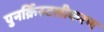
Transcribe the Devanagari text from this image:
पुनर्क्रिस्टलीकरण